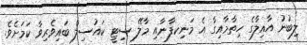
ލިބުނު އާއިލާގެ ހިތާމާއިގާ އެ މަނިކފާނާއި މާލޭ ސިޓީ ކައުސިލް ބައިވެރިވާ ކަމަށެވެ.